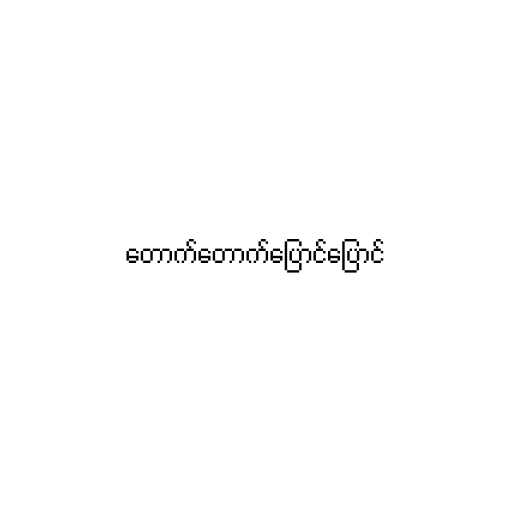
တောက်တောက်ပြောင်ပြောင်